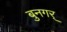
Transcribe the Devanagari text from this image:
बुनगर्